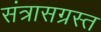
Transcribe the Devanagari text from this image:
संत्रासग्रस्त